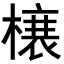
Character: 𭫲